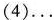
(4)…